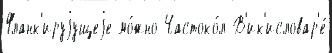
Фланк'ируjущеjе мо́жно Частоко́л В'ик'исловар'е́